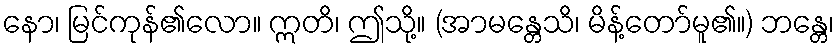
နော၊ မြင်ကုန်၏လော။ ဣတိ၊ ဤသို့။ (အာမန္တေသိ၊ မိန့်တော်မူ၏။) ဘန္တေ၊